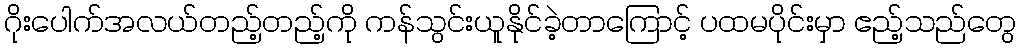
ဂိုးပေါက်အလယ်တည့်တည့်ကို ကန်သွင်းယူနိုင်ခဲ့တာကြောင့် ပထမပိုင်းမှာ ဧည့်သည်တွေ